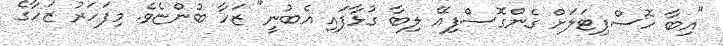
"އިބާ ހޮސްޕިޓަލަށް ގެންގޮސްފިއޭ ލިބާ ގުޅާފައި އެބުނީ" ޒަހާ ބުންޏެވެ. މިފަހަރު ޒަހާގެ